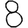
Digit: 8